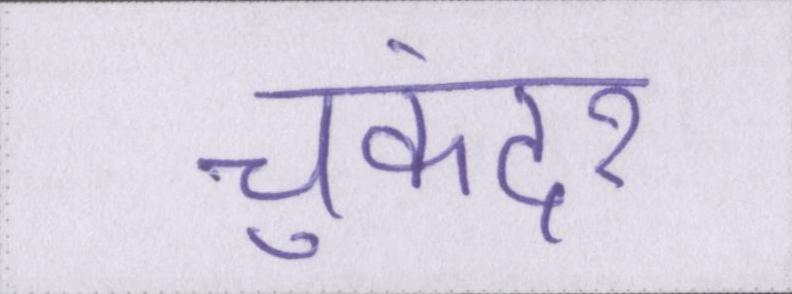
चुकंदर